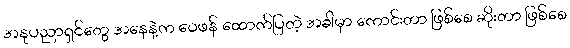
အနုပညာရှင်တွေ အနေနဲ့က ဝေဖန် ထောက်ပြတဲ့ အခါမှာ ကောင်းတာ ဖြစ်စေ ဆိုးတာ ဖြစ်စေ